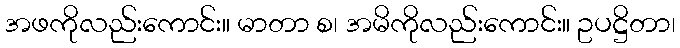
အဖကိုလည်းကောင်း။ မာတာ စ၊ အမိကိုလည်းကောင်း။ ဥပဋ္ဌိတာ၊